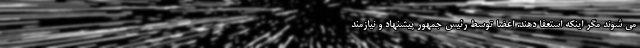
می شوند مگر اینکه استعفا دهند. اعضا توسط رئیس جمهور پیشنهاد و نیازمند